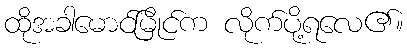
ထိုအခါမောင်မြိုင်က လိုက်ပို့ရလေ၏။